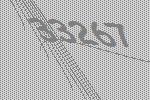
33267